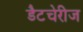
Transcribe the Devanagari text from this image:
डैटचेरीज